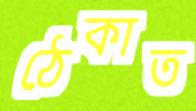
ঠেকাত